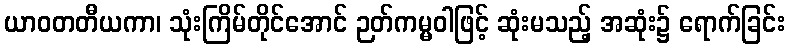
ယာဝတတီယကာ၊ သုံးကြိမ်တိုင်အောင် ဉတ်ကမ္မဝါဖြင့် ဆုံးမသည့် အဆုံး၌ ရောက်ခြင်း